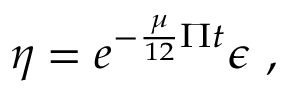
\eta = e ^ { - \frac { \mu } { 1 2 } \Pi t } \epsilon ~ ,